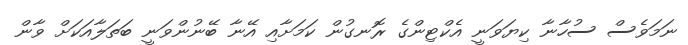
ނަމަވެސް ސުހާނާ ކިޔަވަނީ އެކްޓިންގެ ރޮނގުން ކަމަށާއި އޭނާ ބޭނުންވަނީ ބަތަލާއަކަށް ވާން